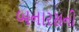
બનારસની